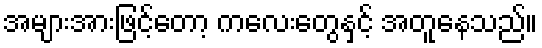
အများအားဖြင့်တော့ ကလေးတွေနှင့် အတူနေသည်။